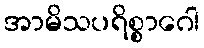
အာမိသပရိစ္စာဂေါ